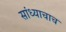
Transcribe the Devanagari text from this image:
सांध्याचाच